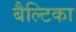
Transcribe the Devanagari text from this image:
बैल्टिका